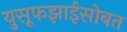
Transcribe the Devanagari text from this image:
युसूफझाईसोबत